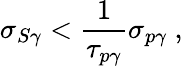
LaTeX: \sigma_{S\gamma}<\frac{1}{\tau_{p\gamma}}\sigma_{p\gamma}~,